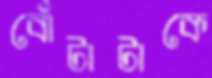
বোঁটাটাকে